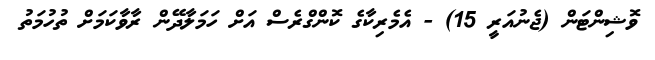
ވޮޝިންޓަން (ޖެނުއަރީ 15) - އެމެރިކާގެ ކޮންގްރެސް އަށް ހަމަލާދޭން ރާވާކަމަށް ތުހުމަތު